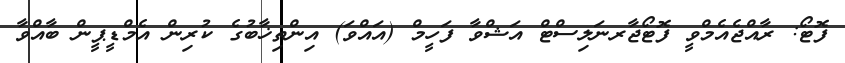
ފޮޓޯ: ރާއްޖެއެމްވީ ފޮޓޯޖާރނަލިސްޓް އަޝްވާ ފަހީމް (އައްވަ) އިންތިޚާބުގެ ކުރިން އެމްޑީޕީން ބާއްވާ